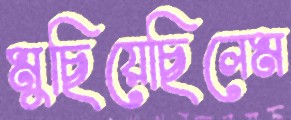
মুছিয়েছিলেম